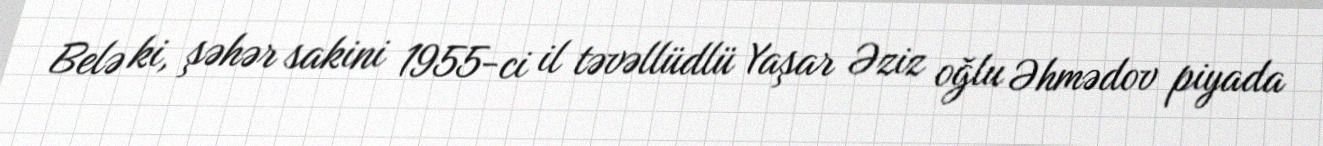
Belə ki, şəhər sakini 1955-ci il təvəllüdlü Yaşar Əziz oğlu Əhmədov piyada